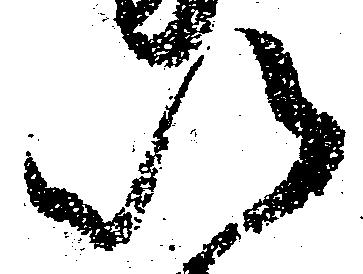
以